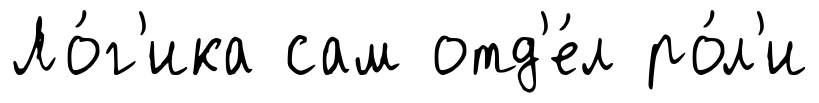
Ло́г'ика сам отд'е́л ро́л'и